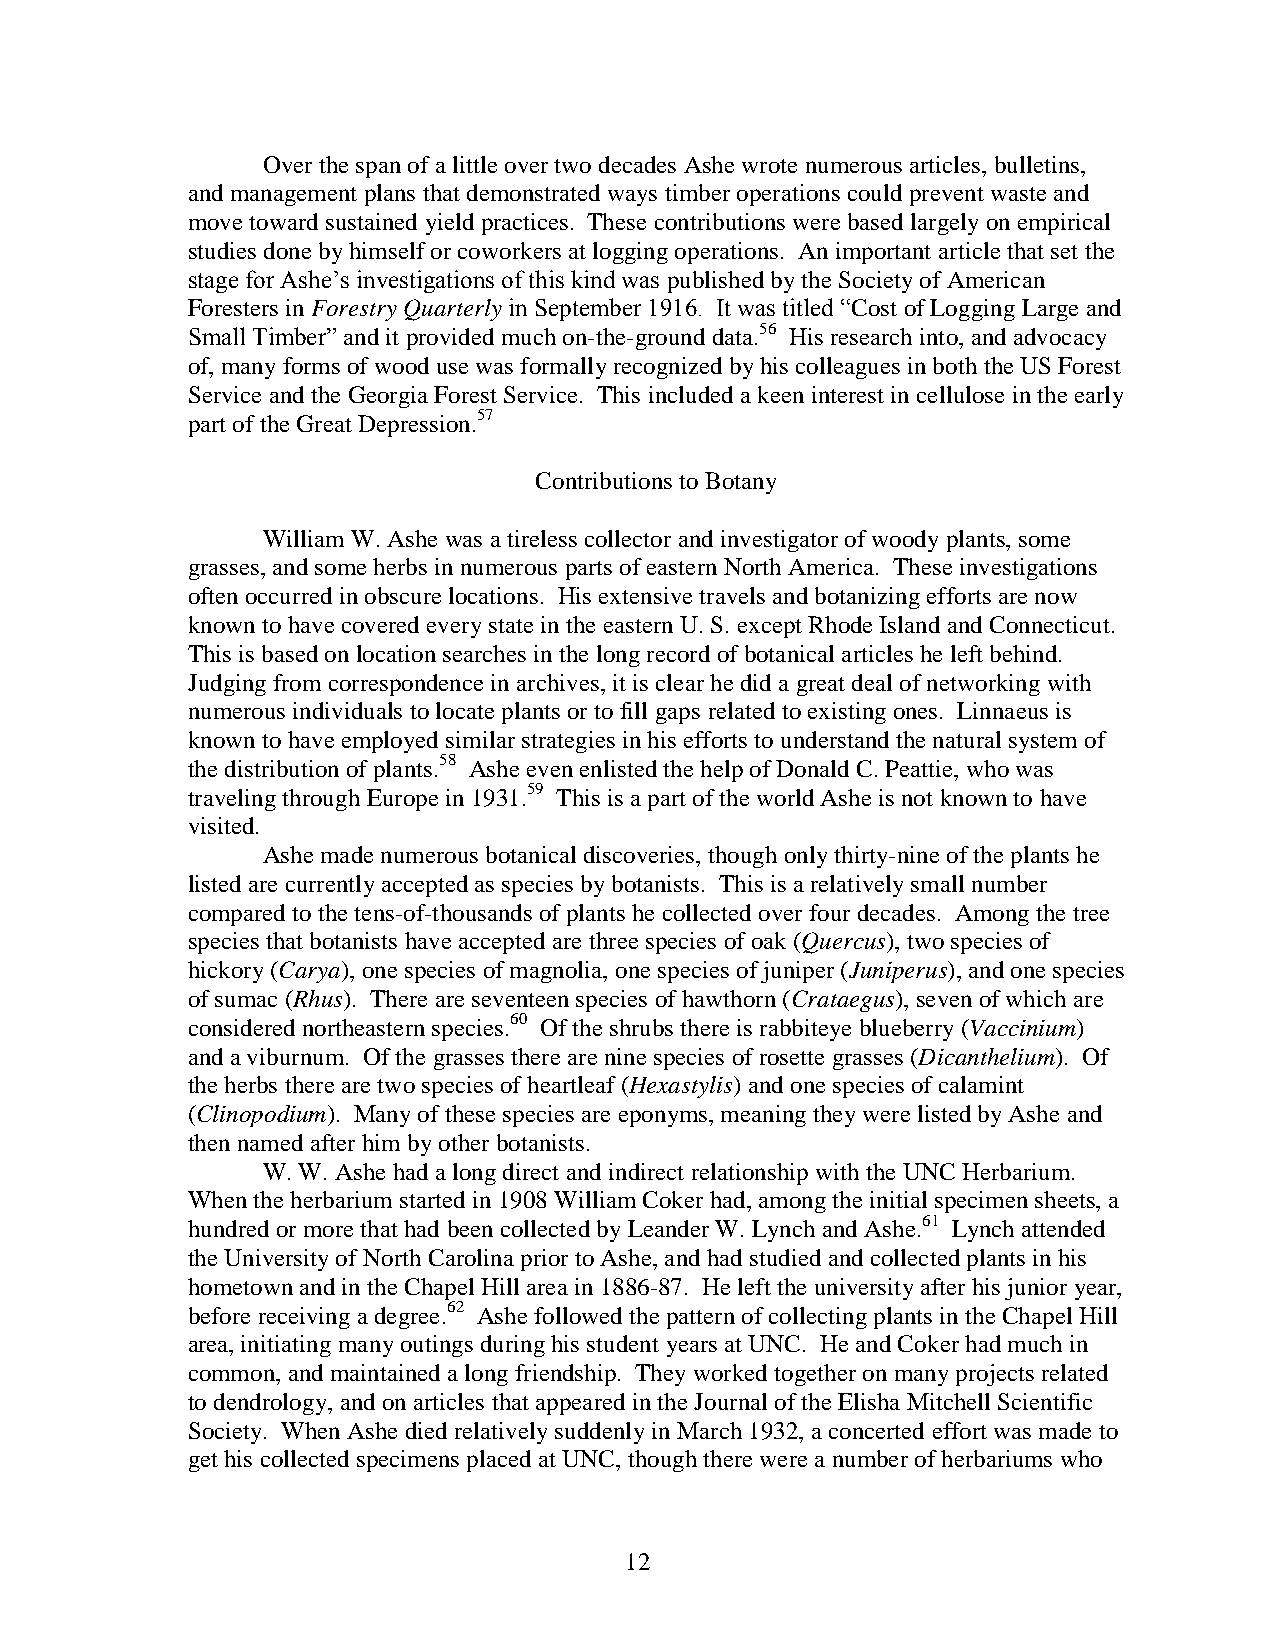
Over the span of a little over two decades Ashe wrote numerous articles, bulletins,
 and management plans that demonstrated ways timber operations could prevent waste and
 move toward sustained yield practices. These contributions were based largely on empirical
 studies done by himself or coworkers at logging operations. An important article that set the
 stage for Ashe’s investigations of this kind was published by the Society of American
 Foresters in Forestry Quarterly in September 1916. It was titled “Cost of Logging Large and
 Small Timber” and it provided much on-the-ground data.56 His research into, and advocacy
 of, many forms of wood use was formally recognized by his colleagues in both the US Forest
 Service and the Georgia Forest Service. This included a keen interest in cellulose in the early
 part of the Great Depression.57
 Contributions to Botany
 William W. Ashe was a tireless collector and investigator of woody plants, some
 grasses, and some herbs in numerous parts of eastern North America. These investigations
 often occurred in obscure locations. His extensive travels and botanizing efforts are now
 known to have covered every state in the eastern U. S. except Rhode Island and Connecticut.
 This is based on location searches in the long record of botanical articles he left behind.
 Judging from correspondence in archives, it is clear he did a great deal of networking with
 numerous individuals to locate plants or to fill gaps related to existing ones. Linnaeus is
 known to have employed similar strategies in his efforts to understand the natural system of
 the distribution of plants.58 Ashe even enlisted the help of Donald C. Peattie, who was
 traveling through Europe in 1931.59 This is a part of the world Ashe is not known to have
 visited.
 Ashe made numerous botanical discoveries, though only thirty-nine of the plants he
 listed are currently accepted as species by botanists. This is a relatively small number
 compared to the tens-of-thousands of plants he collected over four decades. Among the tree
 species that botanists have accepted are three species of oak (Quercus), two species of
 hickory (Carya), one species of magnolia, one species of juniper (Juniperus), and one species
 of sumac (Rhus). There are seventeen species of hawthorn (Crataegus), seven of which are
 considered northeastern species.60 Of the shrubs there is rabbiteye blueberry (Vaccinium)
 and a viburnum. Of the grasses there are nine species of rosette grasses (Dicanthelium). Of
 the herbs there are two species of heartleaf (Hexastylis) and one species of calamint
 (Clinopodium). Many of these species are eponyms, meaning they were listed by Ashe and
 then named after him by other botanists.
 W. W. Ashe had a long direct and indirect relationship with the UNC Herbarium.
 When the herbarium started in 1908 William Coker had, among the initial specimen sheets, a
 hundred or more that had been collected by Leander W. Lynch and Ashe.61 Lynch attended
 the University of North Carolina prior to Ashe, and had studied and collected plants in his
 hometown and in the Chapel Hill area in 1886-87. He left the university after his junior year,
 before receiving a degree.62 Ashe followed the pattern of collecting plants in the Chapel Hill
 area, initiating many outings during his student years at UNC. He and Coker had much in
 common, and maintained a long friendship. They worked together on many projects related
 to dendrology, and on articles that appeared in the Journal of the Elisha Mitchell Scientific
 Society. When Ashe died relatively suddenly in March 1932, a concerted effort was made to
 get his collected specimens placed at UNC, though there were a number of herbariums who
 12